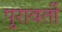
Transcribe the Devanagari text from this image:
पुरावर्ती